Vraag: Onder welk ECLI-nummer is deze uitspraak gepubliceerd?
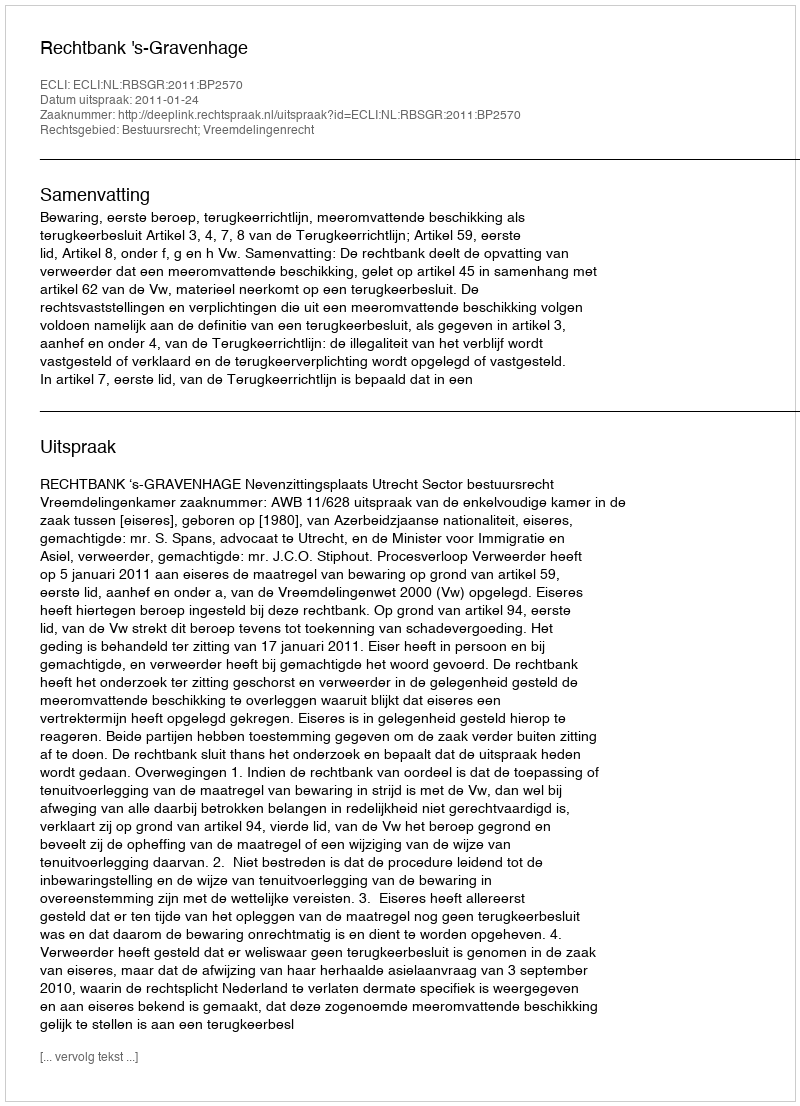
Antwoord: ECLI:NL:RBSGR:2011:BP2570